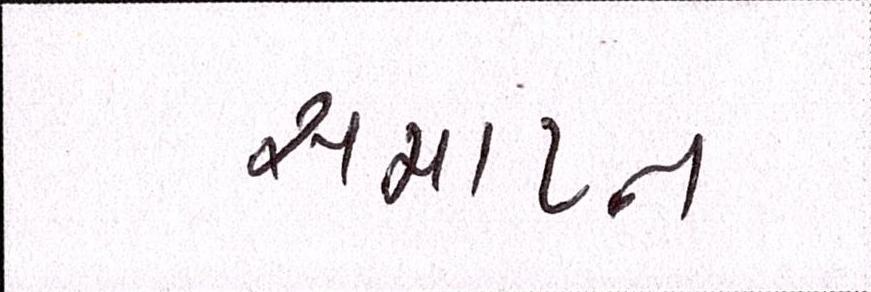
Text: સમાપ્ન